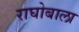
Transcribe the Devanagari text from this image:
राघोबाला